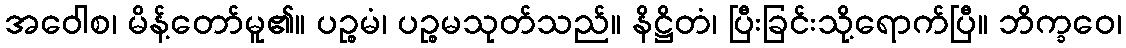
အဝေါစ၊ မိန့်တော်မူ၏။ ပဉ္စမံ၊ ပဉ္စမသုတ်သည်။ နိဋ္ဌိတံ၊ ပြီးခြင်းသို့ရောက်ပြီ။ ဘိက္ခဝေ၊